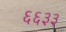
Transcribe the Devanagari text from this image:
६६३३